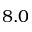
8 . 0